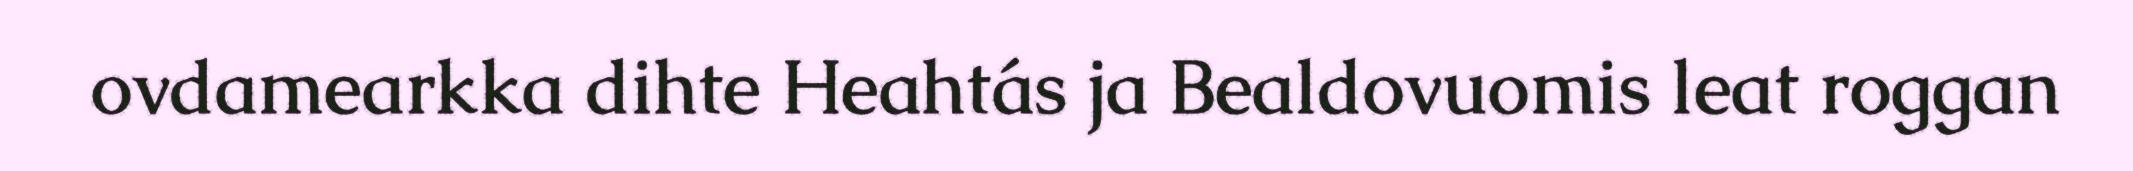
ovdamearkka dihte Heahtás ja Bealdovuomis leat roggan